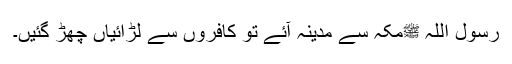
رسول اللہ ﷺمکہ سے مدینہ آئے تو کافروں سے لڑائیاں چھڑ گئیں۔